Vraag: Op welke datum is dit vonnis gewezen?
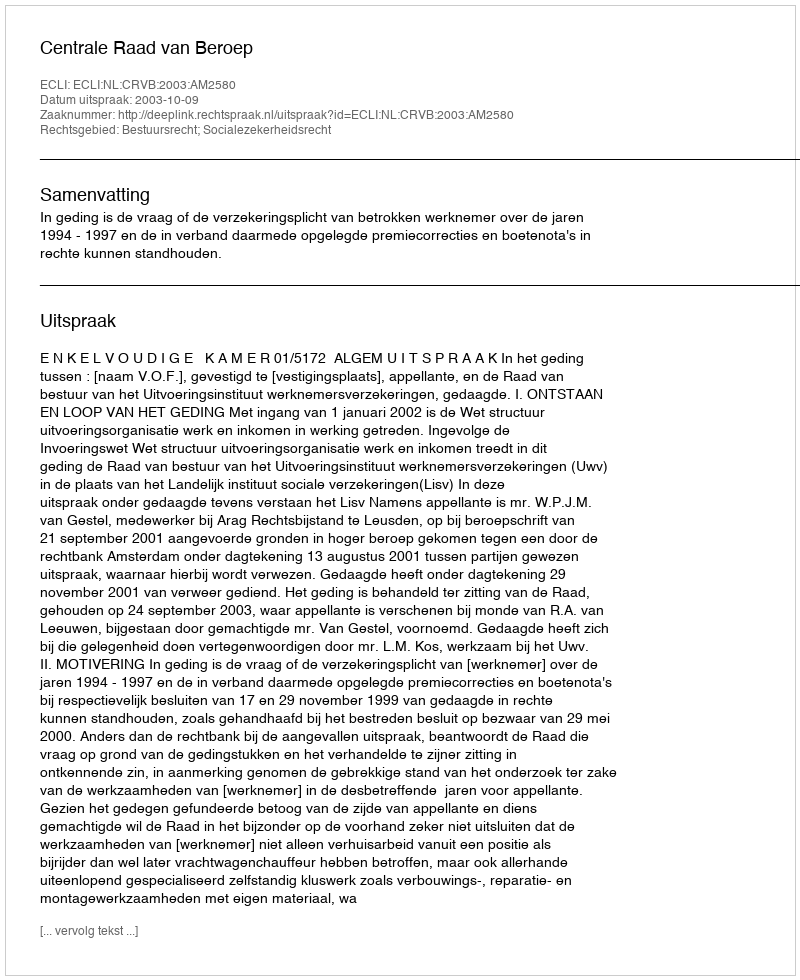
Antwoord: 2003-10-09